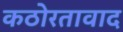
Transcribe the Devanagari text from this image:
कठोरतावाद